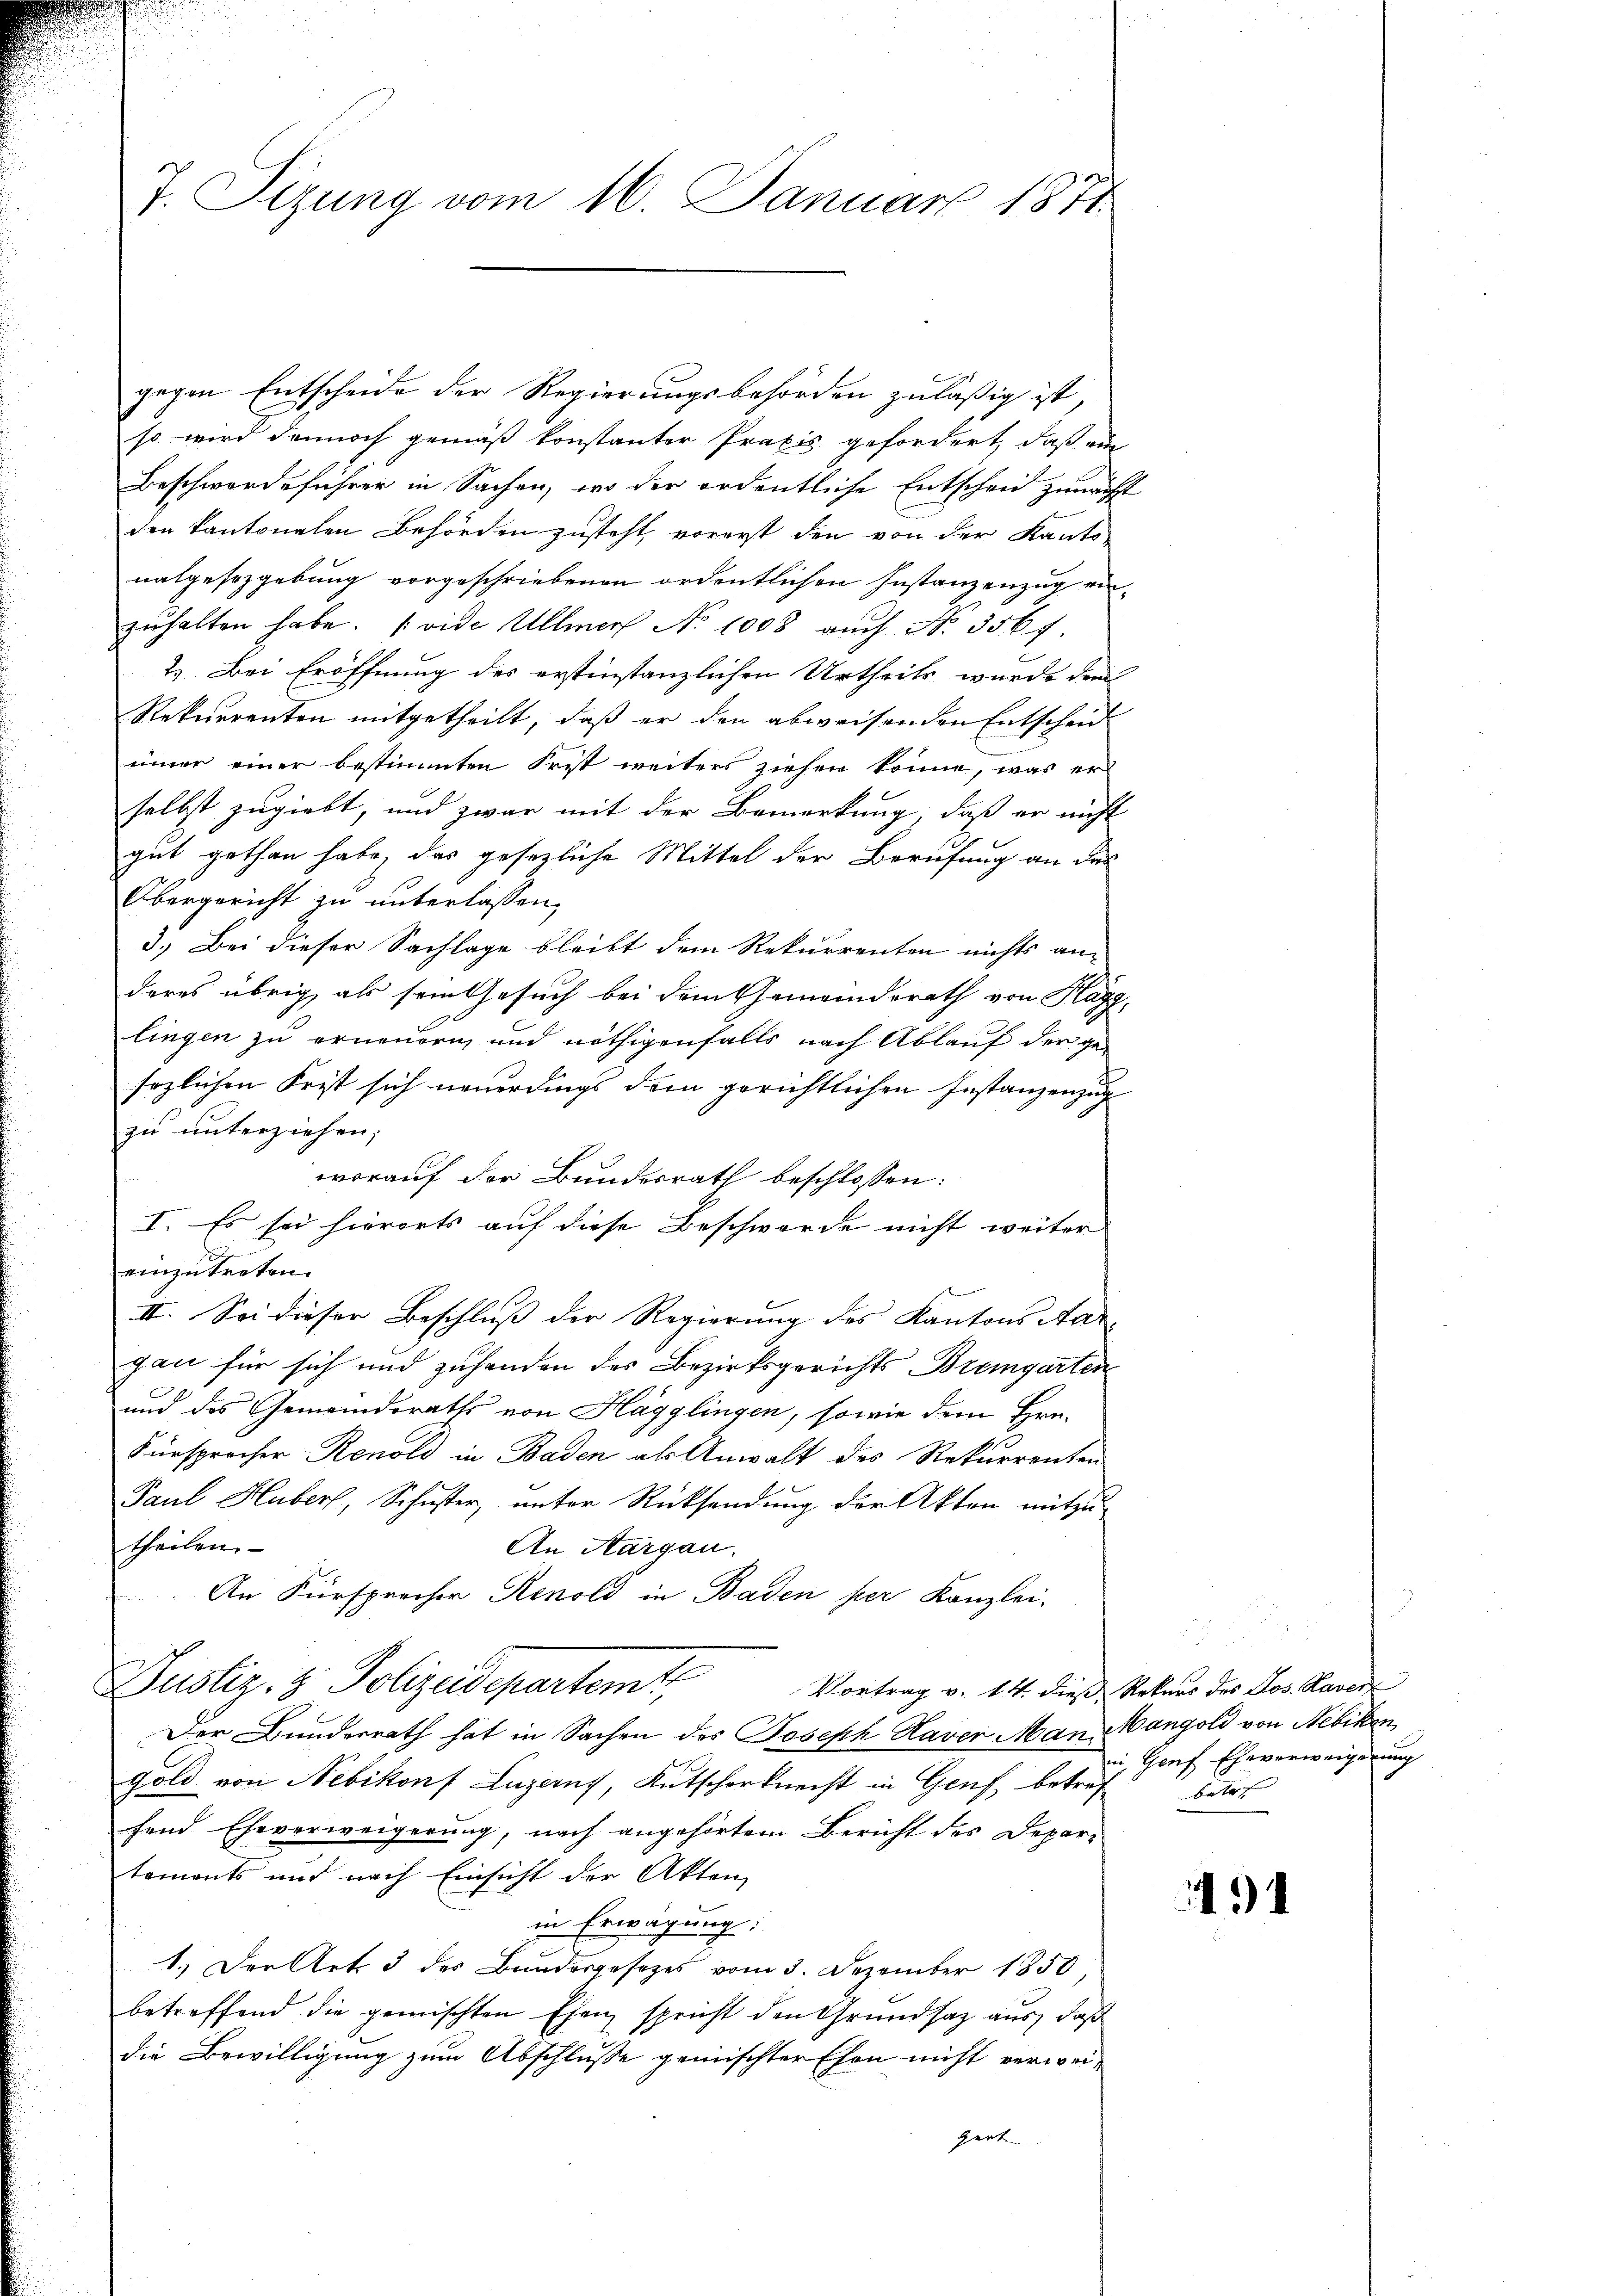
J. Tizung vom 16. Januar 1871

gegen Entscheide der Regierungsbehörden zuläßig ist,
so wird dennoch gemäß konstanter Praxis gefordert, daß ein
Beschwerdeführer in Sachen, wo der ordentliche Entscheid zunächst
den kantonalen Behörden zusteht, vorerst den von der Kanto-
nalgesezgebung vorgeschriebenen ordentlichen Instanzenzug einzŭhalten habe. (vide Ullmer No 1008 auch No. 356 f.
2.) Bei Eröffnung des erstinstanzlichen Urtheils wurde dem
Rekurrenten mitgetheilt, daß er den abweisenden Entscheid
immer einer bestimmten Frist weiters ziehen könne, was er
selbst zugiebt, und zwar mit der Bemerkung, daß er nicht
gut gethan habe, das gesezliche Mittel der Berufung an das
Obergericht zu unterlassen,
3.) Bei dieser Sachlage bleibt dem Rekurrenten nichts anderes übrig, als sein Gesuch bei dem Gemeinderath von Hagg,
lingen zu erneuern, und nöthigenfalls nach Ablauf der gesozlichen Frist sich neuerdings dem gerichtlichen Instanzenzug
zu unterziehen;
worauf der Bundesrath beschlossen:
I. Es sei hierorts auf diese Beschwerde nicht weiter
einzutreten.
II. Sei dieser Beschluss der Regierung des Kantons Aar-
gan für sich und zuhanden des Bezirksgerichts Bremgarten
und das Gemeindsraths von Hagglingen, sowie dem Hrn.
Fürsprocher Renold in Baden als Anwalt des Rekurrenten
Paul Huber, Schuster, unter Rücksendung der Akten mitzu
theilen.
An Aargau.
An Fürsprecher Renold in Baden per Kanzlei.
Justiz- & Polizeidepartemt
Vortrag v. 14. dieß Rekurs des Jos. Haver
Der Bunderrath hat in Sachen des Joseph Haver Man Mangold von Nebiken
gold von Nebikonf Luzerny, Kutschorknecht in Genf betref bars
fend Eheverweigerung, nach angehörtem Bericht des Departements und nach Einsicht der Akten
in Erwägung:
1.) Der Art. 3 des Bundesgesetzes vom 3. Dezember 1850,
betreffend die gemischten Ehen spricht den Grundsaz aus, daß
die Bewilligung zum Abschlusse gemischter Ehen nicht verweigert

in, Genf Eheverweigerung

4